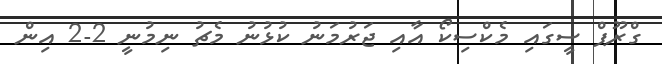
ގްރޫޕް ސީގައި މެކްސިކޯ އާއި ޖަރުމަނު ކުޅުނު މެޗު ނިމުނީ 2-2 އިން